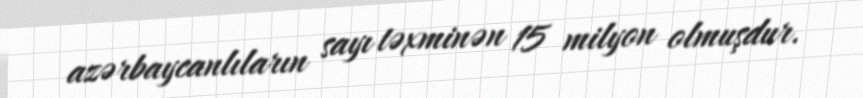
azərbaycanlıların sayı təxminən 15 milyon olmuşdur.